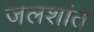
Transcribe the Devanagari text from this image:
जलशांत